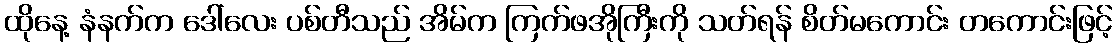
ထိုနေ့ နံနက်က ဒေါ်လေး ပစ်တီသည် အိမ်က ကြက်ဖအိုကြီးကို သတ်ရန် စိတ်မကောင်း တကောင်းဖြင့်